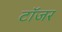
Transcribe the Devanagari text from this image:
टॉजर